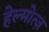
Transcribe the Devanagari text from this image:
हेल्मोत्ज़